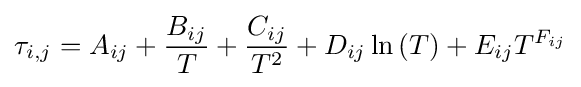
\tau _{i,j}=A_{ij}+{\frac {B_{ij}}{T}}+{\frac {C_{ij}}{T^{2}}}+D_{ij}\ln {\left({T}\right)}+E_{ij}T^{F_{ij}}